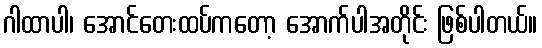
ဂါထာပါ၊ အောင်တေးထပ်ကတော့ အောက်ပါအတိုင်း ဖြစ်ပါတယ်။